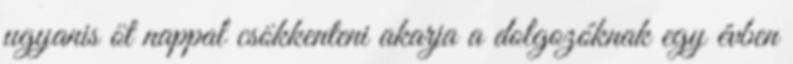
ugyanis öt nappal csökkenteni akarja a dolgozóknak egy évben